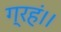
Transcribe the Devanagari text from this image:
ग्रहं।।